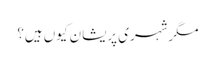
مگرشہری پریشان کیوں ہیں؟